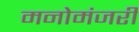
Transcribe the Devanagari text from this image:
मनोमंजरी